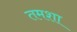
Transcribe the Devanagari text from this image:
तमशा